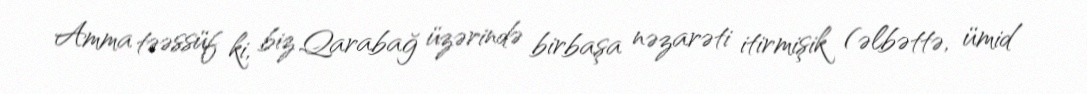
Amma təəssüf ki, biz Qarabağ üzərində birbaşa nəzarəti itirmişik (əlbəttə, ümid